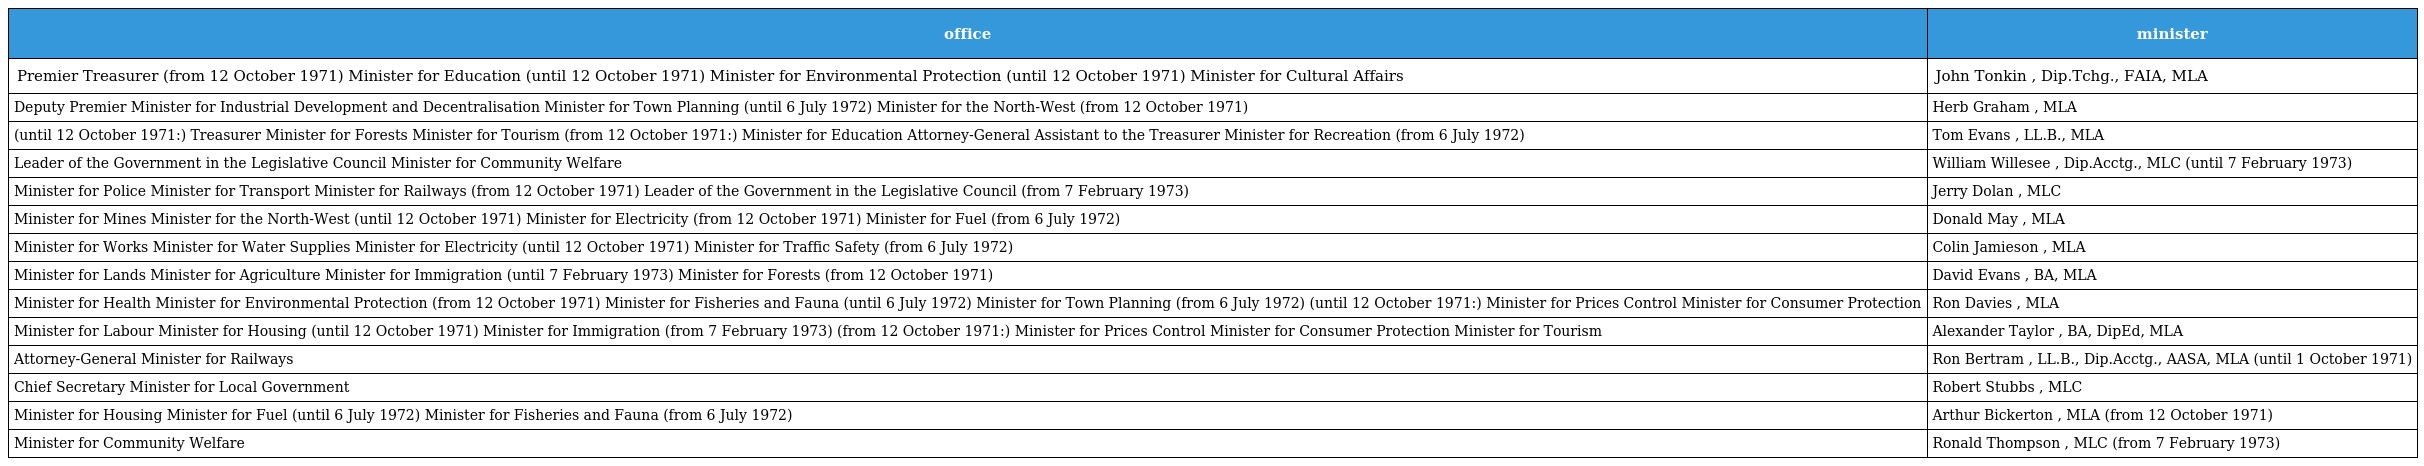
| office | minister |
 | --- | --- |
 | Premier Treasurer (from 12 October 1971) Minister for Education (until 12 October 1971) Minister for Environmental Protection (until 12 October 1971) Minister for Cultural Affairs | John Tonkin , Dip.Tchg., FAIA, MLA |
 | Deputy Premier Minister for Industrial Development and Decentralisation Minister for Town Planning (until 6 July 1972) Minister for the North-West (from 12 October 1971) | Herb Graham , MLA |
 | (until 12 October 1971:) Treasurer Minister for Forests Minister for Tourism (from 12 October 1971:) Minister for Education Attorney-General Assistant to the Treasurer Minister for Recreation (from 6 July 1972) | Tom Evans , LL.B., MLA |
 | Leader of the Government in the Legislative Council Minister for Community Welfare | William Willesee , Dip.Acctg., MLC (until 7 February 1973) |
 | Minister for Police Minister for Transport Minister for Railways (from 12 October 1971) Leader of the Government in the Legislative Council (from 7 February 1973) | Jerry Dolan , MLC |
 | Minister for Mines Minister for the North-West (until 12 October 1971) Minister for Electricity (from 12 October 1971) Minister for Fuel (from 6 July 1972) | Donald May , MLA |
 | Minister for Works Minister for Water Supplies Minister for Electricity (until 12 October 1971) Minister for Traffic Safety (from 6 July 1972) | Colin Jamieson , MLA |
 | Minister for Lands Minister for Agriculture Minister for Immigration (until 7 February 1973) Minister for Forests (from 12 October 1971) | David Evans , BA, MLA |
 | Minister for Health Minister for Environmental Protection (from 12 October 1971) Minister for Fisheries and Fauna (until 6 July 1972) Minister for Town Planning (from 6 July 1972) (until 12 October 1971:) Minister for Prices Control Minister for Consumer Protection | Ron Davies , MLA |
 | Minister for Labour Minister for Housing (until 12 October 1971) Minister for Immigration (from 7 February 1973) (from 12 October 1971:) Minister for Prices Control Minister for Consumer Protection Minister for Tourism | Alexander Taylor , BA, DipEd, MLA |
 | Attorney-General Minister for Railways | Ron Bertram , LL.B., Dip.Acctg., AASA, MLA (until 1 October 1971) |
 | Chief Secretary Minister for Local Government | Robert Stubbs , MLC |
 | Minister for Housing Minister for Fuel (until 6 July 1972) Minister for Fisheries and Fauna (from 6 July 1972) | Arthur Bickerton , MLA (from 12 October 1971) |
 | Minister for Community Welfare | Ronald Thompson , MLC (from 7 February 1973) |